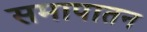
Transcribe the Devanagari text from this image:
समापातन